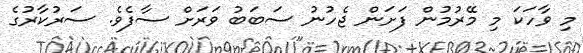
މި ވާހަކަ މި މޭރުމުން ފަށަން ޖެހުނު ސަބަބު ވަރަށް ސާފެވެ. ސަރުކާރުގެ